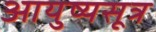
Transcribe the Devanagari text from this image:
आयुष्यसूत्र